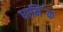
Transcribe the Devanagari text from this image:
धामि॔क